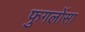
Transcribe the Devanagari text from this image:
फुगलोंसा